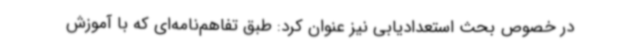
در خصوص بحث استعدادیابی نیز عنوان کرد: طبق تفاهم‌نامه‌ای که با آموزش